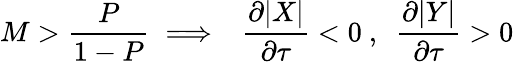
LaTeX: M>\frac{P}{1-P}\implies~~\frac{\partial|X|}{\partial\tau}<0~,~~\frac{\partial|Y|}{\partial\tau}>0